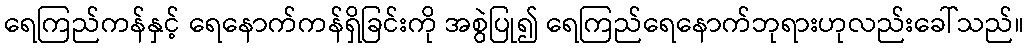
ရေကြည်ကန်နှင့် ရေနောက်ကန်ရှိခြင်းကို အစွဲပြု၍ ရေကြည်ရေနောက်ဘုရားဟုလည်းခေါ်သည်။